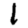
Digit: 1